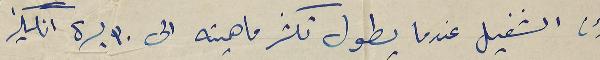
لأن الشغيل عندما يطول تكثر ماهيته الى ٣٠ ليرة انكليز